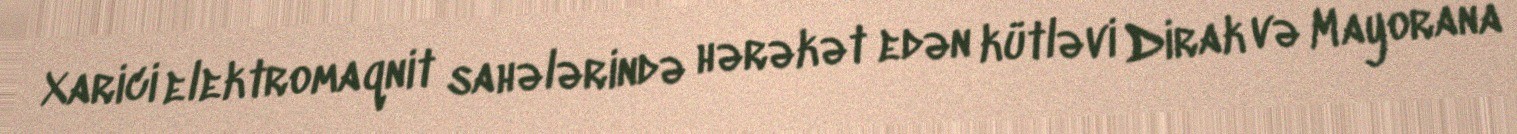
Xarici elektromaqnit sahələrində hərəkət edən kütləvi Dirak və Mayorana